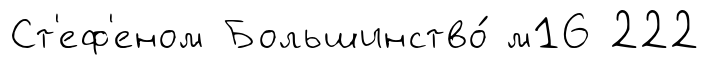
Ст'еф'еном Большинство́ м16 222